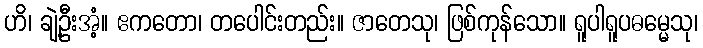
ဟိ၊ ချဲ့ဦးအံ့။ ဧကတော၊ တပေါင်းတည်း။ ဇာတေသု၊ ဖြစ်ကုန်သော။ ရူပါရူပဓမ္မေသု၊